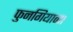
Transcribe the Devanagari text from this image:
फुनगियाना